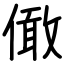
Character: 㒈